Leaving Certificate Examination (including Day School Certificate (Higher) General paper), 1934
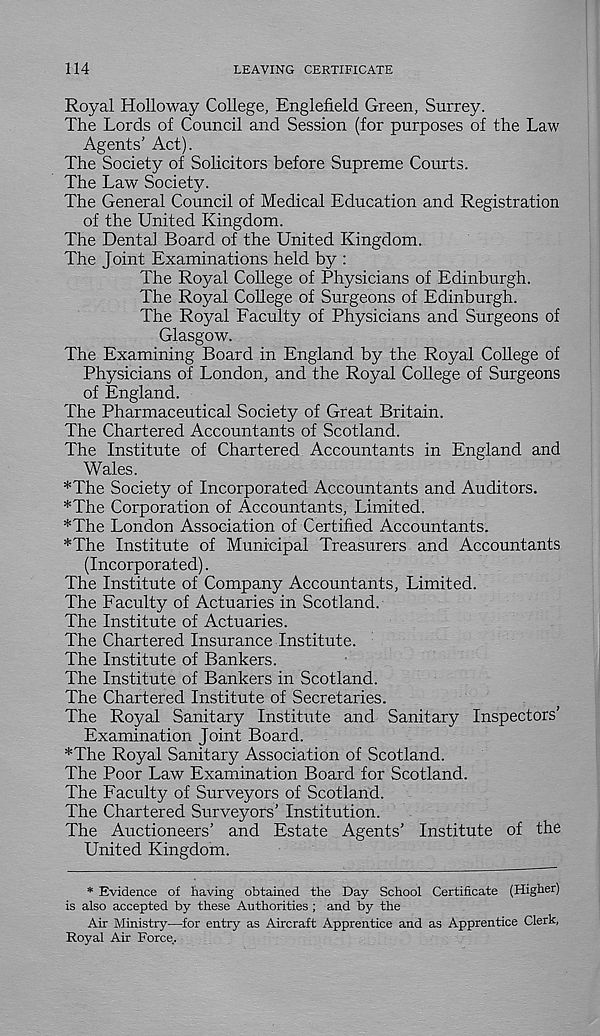
114
LEAVING CERTIFICATE
Royal Holloway College, Englefield Green, Surrey.
The Lords of Council and Session (for purposes of the Law
Agents’ Act).
The Society of Solicitors before Supreme Courts.
The Law Society.
The General Council of Medical Education and Registration
of the United Kingdom.
The Dental Board of the United Kingdom.
The Joint Examinations held by :
The Royal College of Physicians of Edinburgh.
The Royal College of Surgeons of Edinburgh.
The Royal Faculty of Physicians and Surgeons of
Glasgow.
The Examining Board in England by the Royal College of
Physicians of London, and the Royal College of Surgeons
of England.
The Pharmaceutical Society of Great Britain.
The Chartered Accountants of Scotland.
The Institute of Chartered Accountants in England and
Wales.
*The Society of Incorporated Accountants and Auditors.
*The Corporation of Accountants, Limited.
*The London Association of Certified Accountants.
*The Institute of Municipal Treasurers and Accountants
(Incorporated).
The Institute of Company Accountants, Limited.
The Faculty of Actuaries in Scotland.
The Institute of Actuaries.
The Chartered Insurance Institute.
The Institute of Bankers.
The Institute of Bankers in Scotland.
The Chartered Institute of Secretaries.
The Royal Sanitary Institute and Sanitary Inspectors’
Examination Joint Board.
*The Royal Sanitary Association of Scotland.
The Poor Law Examination Board for Scotland.
The Faculty of Surveyors of Scotland.
The Chartered Surveyors’ Institution.
The Auctioneers’ and Estate Agents’ Institute of the
United Kingdom.
* Evidence of having obtained the Day School Certificate (Higher)
is also accepted by these Authorities ; and by the
Air Ministry—for entry as Aircraft Apprentice and as Apprentice Clerk,
Royal Air Force.